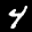
Label: 4